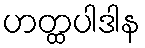
ဟတ္ထပါဒါန